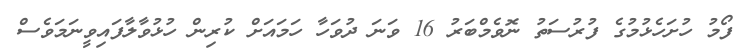
ފޯމު ހުށަހެޅުމުގެ ފުރުސަތު ނޮވެމްބަރު 16 ވަނަ ދުވަހާ ހަމައަށް ކުރިން ހުޅުވާލާފައިވީނަމަވެސް